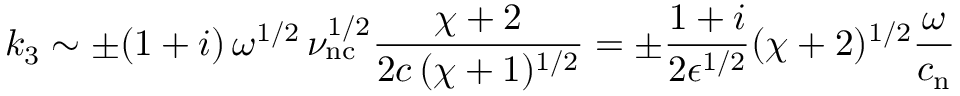
k _ { 3 } \sim \pm ( 1 + i ) \, \omega ^ { 1 / 2 } \, \nu _ { \mathrm { n c } } ^ { 1 / 2 } \frac { \chi + 2 } { 2 c \, ( \chi + 1 ) ^ { 1 / 2 } } = \pm \frac { 1 + i } { 2 \epsilon ^ { 1 / 2 } } ( \chi + 2 ) ^ { 1 / 2 } \frac { \omega } { c _ { \mathrm { n } } }